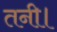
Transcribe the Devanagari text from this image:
तनी।